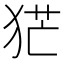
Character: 𤞽